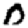
Digit: 0